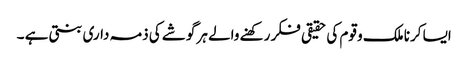
ایسا کرنا ملک و قوم کی حقیقی فکر رکھنے والے ہر گوشے کی ذمہ داری بنتی ہے ۔